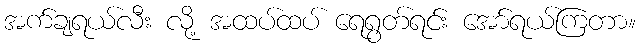
အက်ချရယ်လီး လို့ အထပ်ထပ် ရေရွတ်ရင်း အော်ရယ်ကြတာ။